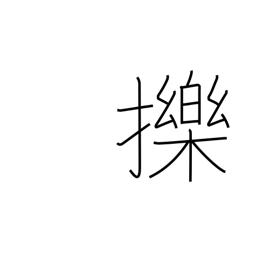
Meaning: funny